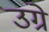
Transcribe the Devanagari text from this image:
उग्रे